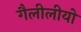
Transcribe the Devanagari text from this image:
गैलीलीयो